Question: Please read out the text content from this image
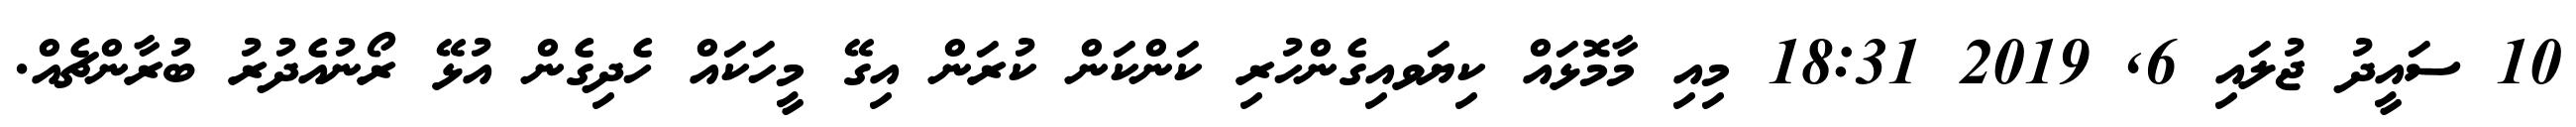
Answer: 10 ސައީދު ޖުލައި 6, 2019 18:31 މިއި މާމޮޅައް ކިޔަވއިގެންހުރި ކަންކަން ކުރަން އިގޭ މީހަކައް ހެދިގެން އުޅޭ ރޯނުއެދުރު ބުރާންޗެއް.